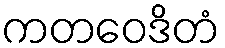
ကတဝေဒိတံ